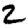
Digit: 2